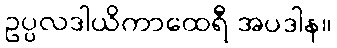
ဥပ္ပလဒါယိကာထေရီ အပဒါန။